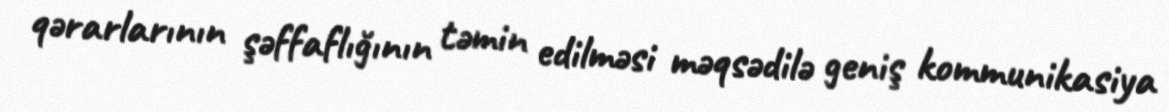
qərarlarının şəffaflığının təmin edilməsi məqsədilə geniş kommunikasiya